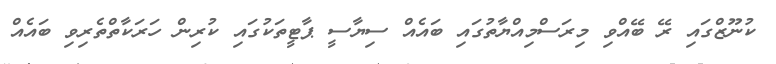
ކުނޫޒްގައި ރޭ ބޭއްވި މިރަސްމިއްޔާތުގައި ބައެއް ސިޔާސީ ޕާޓީތަކުގައި ކުރިން ހަރަކާތްތެރިވި ބައެއް